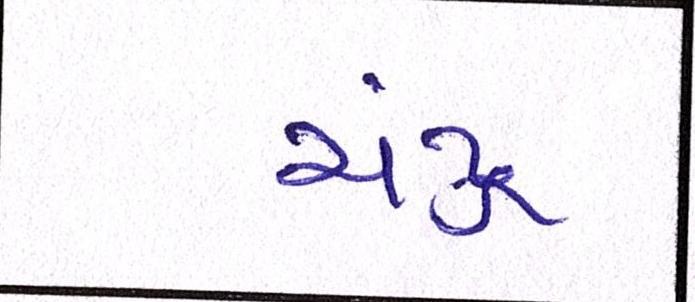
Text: ચંદ્ર